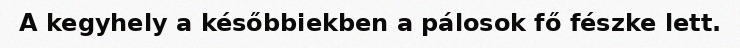
A kegyhely a későbbiekben a pálosok fő fészke lett.